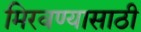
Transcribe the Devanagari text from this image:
मिरवण्यासाठी